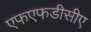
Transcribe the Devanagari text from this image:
एफएफडीसीए